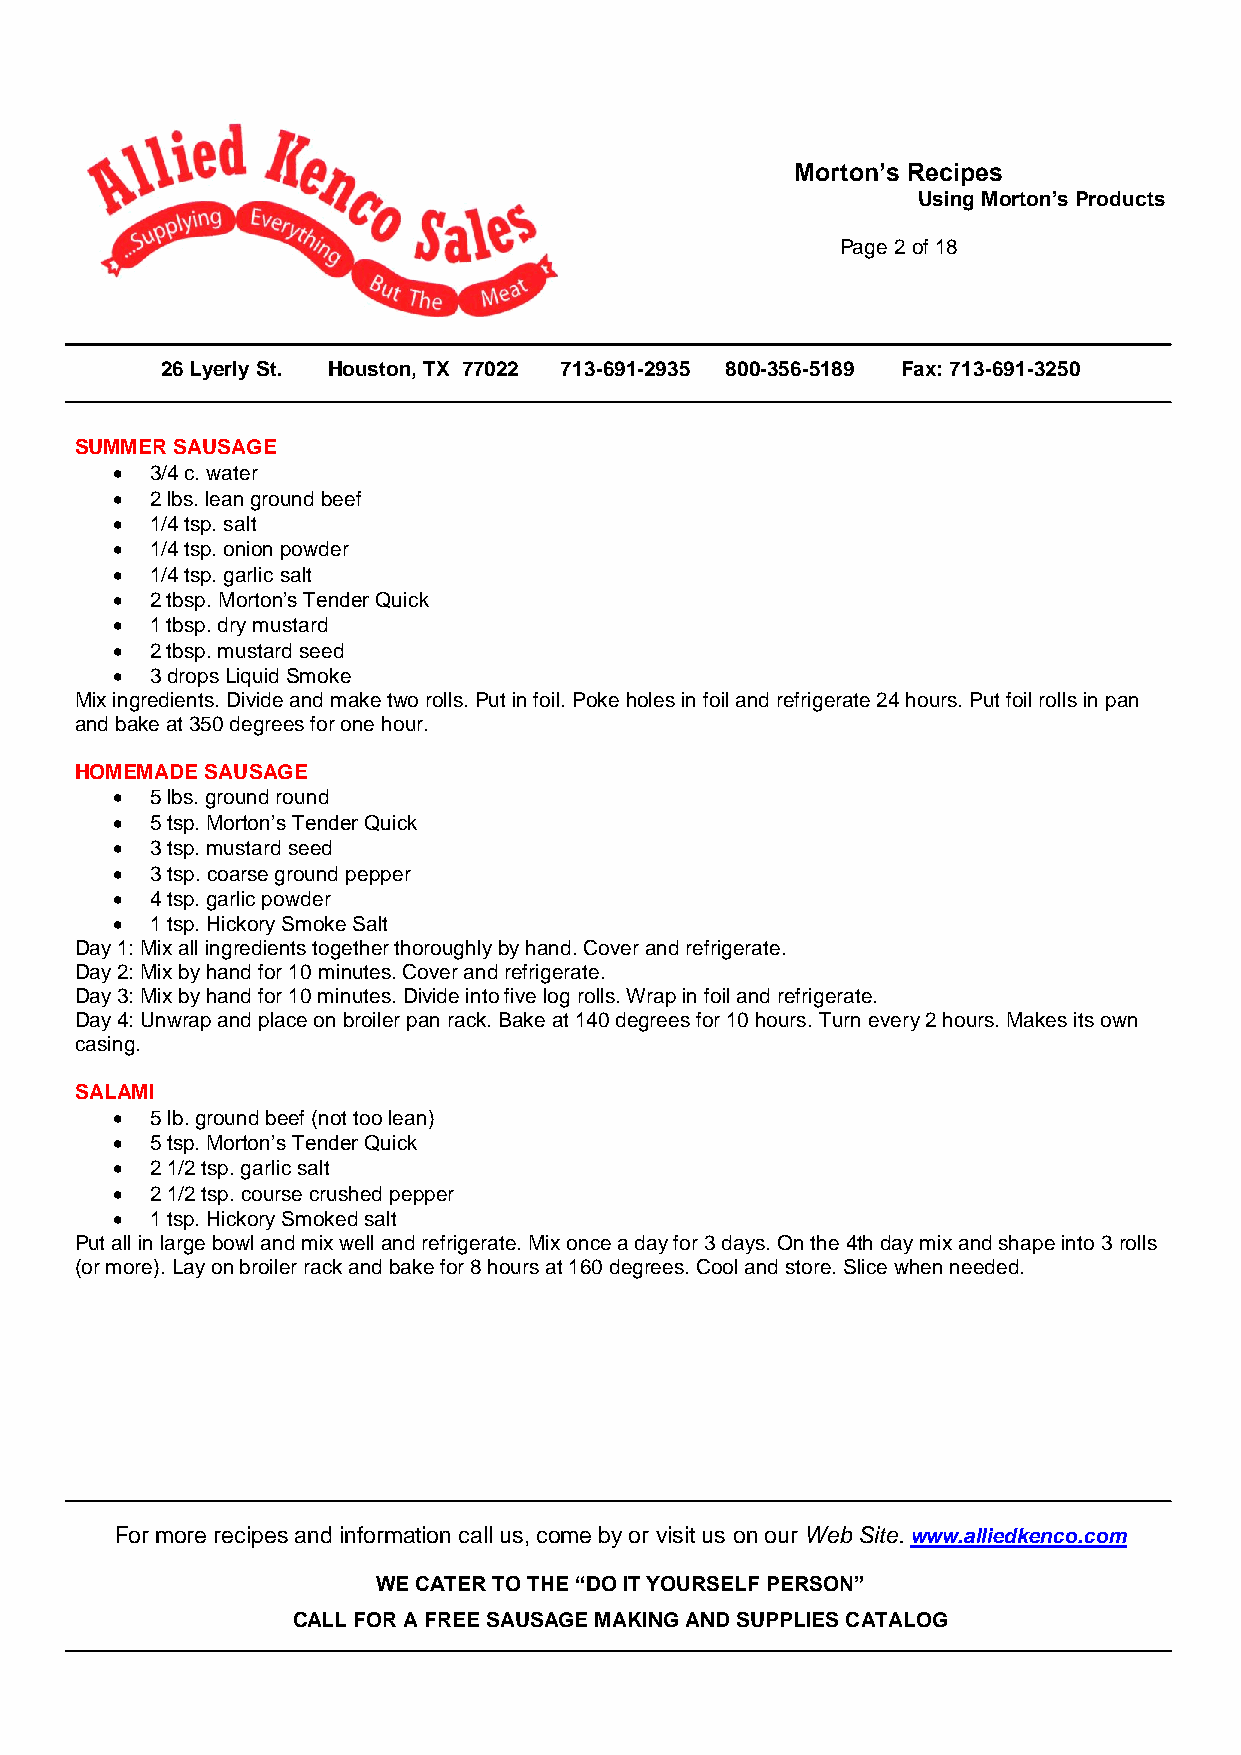
Morton’s Recipes
 Using Morton’s Products
 Page 2 of 18
 26 Lyerly St. Houston, TX 77022 713-691-2935 800-356-5189 Fax: 713-691-3250
 SUMMER SAUSAGE
   3/4 c. water
   2 lbs. lean ground beef
   1/4 tsp. salt
   1/4 tsp. onion powder
   1/4 tsp. garlic salt
   2 tbsp. Morton’s Tender Quick
   1 tbsp. dry mustard
   2 tbsp. mustard seed
   3 drops Liquid Smoke
 Mix ingredients. Divide and make two rolls. Put in foil. Poke holes in foil and refrigerate 24 hours. Put foil rolls in pan
 and bake at 350 degrees for one hour.
 HOMEMADE SAUSAGE
   5 lbs. ground round
   5 tsp. Morton’s Tender Quick
   3 tsp. mustard seed
   3 tsp. coarse ground pepper
   4 tsp. garlic powder
   1 tsp. Hickory Smoke Salt
 Day 1: Mix all ingredients together thoroughly by hand. Cover and refrigerate.
 Day 2: Mix by hand for 10 minutes. Cover and refrigerate.
 Day 3: Mix by hand for 10 minutes. Divide into five log rolls. Wrap in foil and refrigerate.
 Day 4: Unwrap and place on broiler pan rack. Bake at 140 degrees for 10 hours. Turn every 2 hours. Makes its own
 casing.
 SALAMI
   5 lb. ground beef (not too lean)
   5 tsp. Morton’s Tender Quick
   2 1/2 tsp. garlic salt
   2 1/2 tsp. course crushed pepper
   1 tsp. Hickory Smoked salt
 Put all in large bowl and mix well and refrigerate. Mix once a day for 3 days. On the 4th day mix and shape into 3 rolls
 (or more). Lay on broiler rack and bake for 8 hours at 160 degrees. Cool and store. Slice when needed.
 For more recipes and information call us, come by or visit us on our Web Site. www.alliedkenco.com
 WE CATER TO THE “DO IT YOURSELF PERSON”
 CALL FOR A FREE SAUSAGE MAKING AND SUPPLIES CATALOG